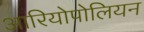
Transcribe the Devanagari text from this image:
आरियोपोलियन